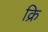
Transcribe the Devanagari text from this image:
क्रि